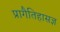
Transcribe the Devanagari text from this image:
प्रागैतिहासज्ञ